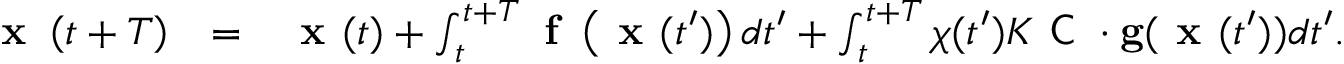
\begin{array} { r l r } { \textbf { x } \left( t + T \right) } & { = } & { \textbf { x } ( t ) + \int _ { t } ^ { t + T } \textbf { f } \left( \textbf { x } ( t ^ { \prime } ) \right) d t ^ { \prime } + \int _ { t } ^ { t + T } { \chi } ( t ^ { \prime } ) K \textsf { C } \cdot \mathbf { g } ( \textbf { x } ( t ^ { \prime } ) ) d t ^ { \prime } . } \end{array}